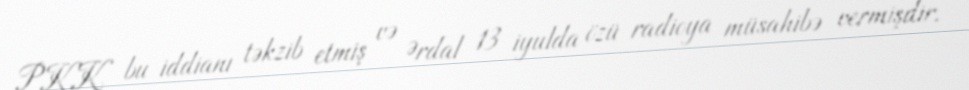
PKK bu iddianı təkzib etmiş və Ərdal 13 iyulda özü radioya müsahibə vermişdir.